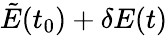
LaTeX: \tilde{E}(t_{0})+\delta E(t)